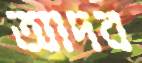
আদব